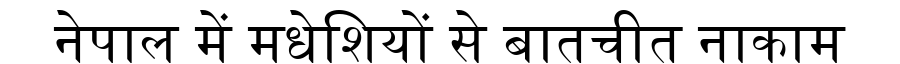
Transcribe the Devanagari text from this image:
नेपाल में मधेशियों से बातचीत नाकाम